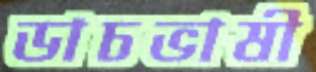
ডাচভাষী